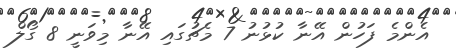
އެންމެ ފަހުން އޭނާ ކުޅުނު 7 މެޗުގައި އޭނާ މިވަނީ 8 ގޯލް